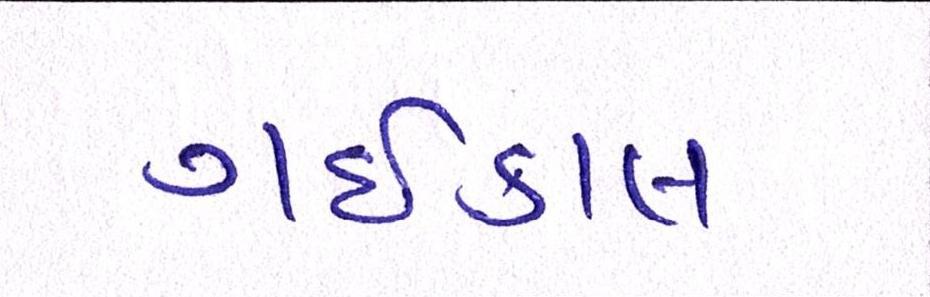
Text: ગઇકાલ